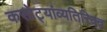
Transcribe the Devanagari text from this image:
कसोट्यांव्यतिरिक्त